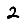
Digit: 2